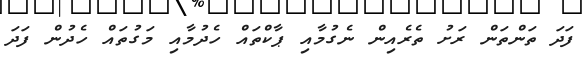
ފަދަ ތަންތަން ރަށު ތެރެއިން ނެގުމާއި ޕާކްތައް ހެދުމާއި މަގުތައް ހެދުން ފަދަ